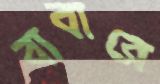
বাবারে